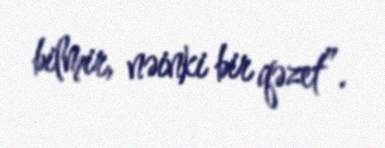
bilmir, nəinki bir qəzet”.